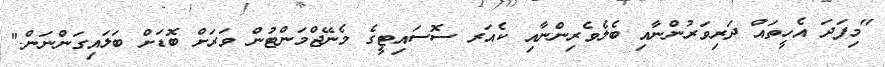
"މިފަދަ އެހީތައް ދަރިވަރުންނާއި ބެލެވެރިންނާއި ކެއަރ ސޮސައިޓީގެ މެނޭޖްމަންޓުން ވަރަށް ބޮޑަށް ބަލައިގަންނަން."